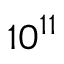
1 0 ^ { 1 1 }